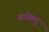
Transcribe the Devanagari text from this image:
वरवेल्पू